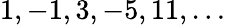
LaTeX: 1,-1,3,-5,11,\ldots